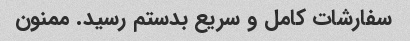
سفارشات کامل و سریع بدستم رسید. ممنون